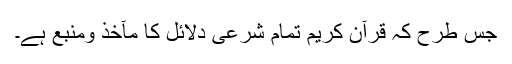
جس طرح کہ قرآن کریم تمام شرعی دلائل کا مآخذ ومنبع ہے۔